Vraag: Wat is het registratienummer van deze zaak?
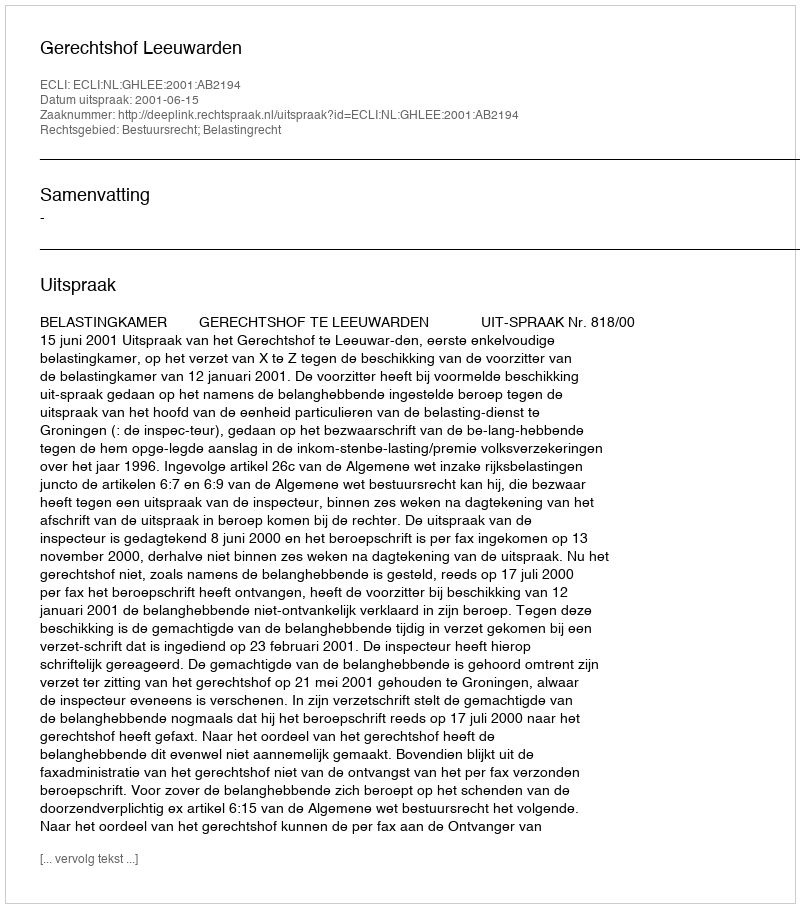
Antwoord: http://deeplink.rechtspraak.nl/uitspraak?id=ECLI:NL:GHLEE:2001:AB2194